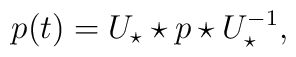
p(t)=U_{\star} \star p \star U_{\star}^{-1},